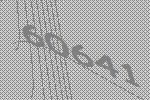
60641